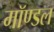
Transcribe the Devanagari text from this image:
मॉण्डल